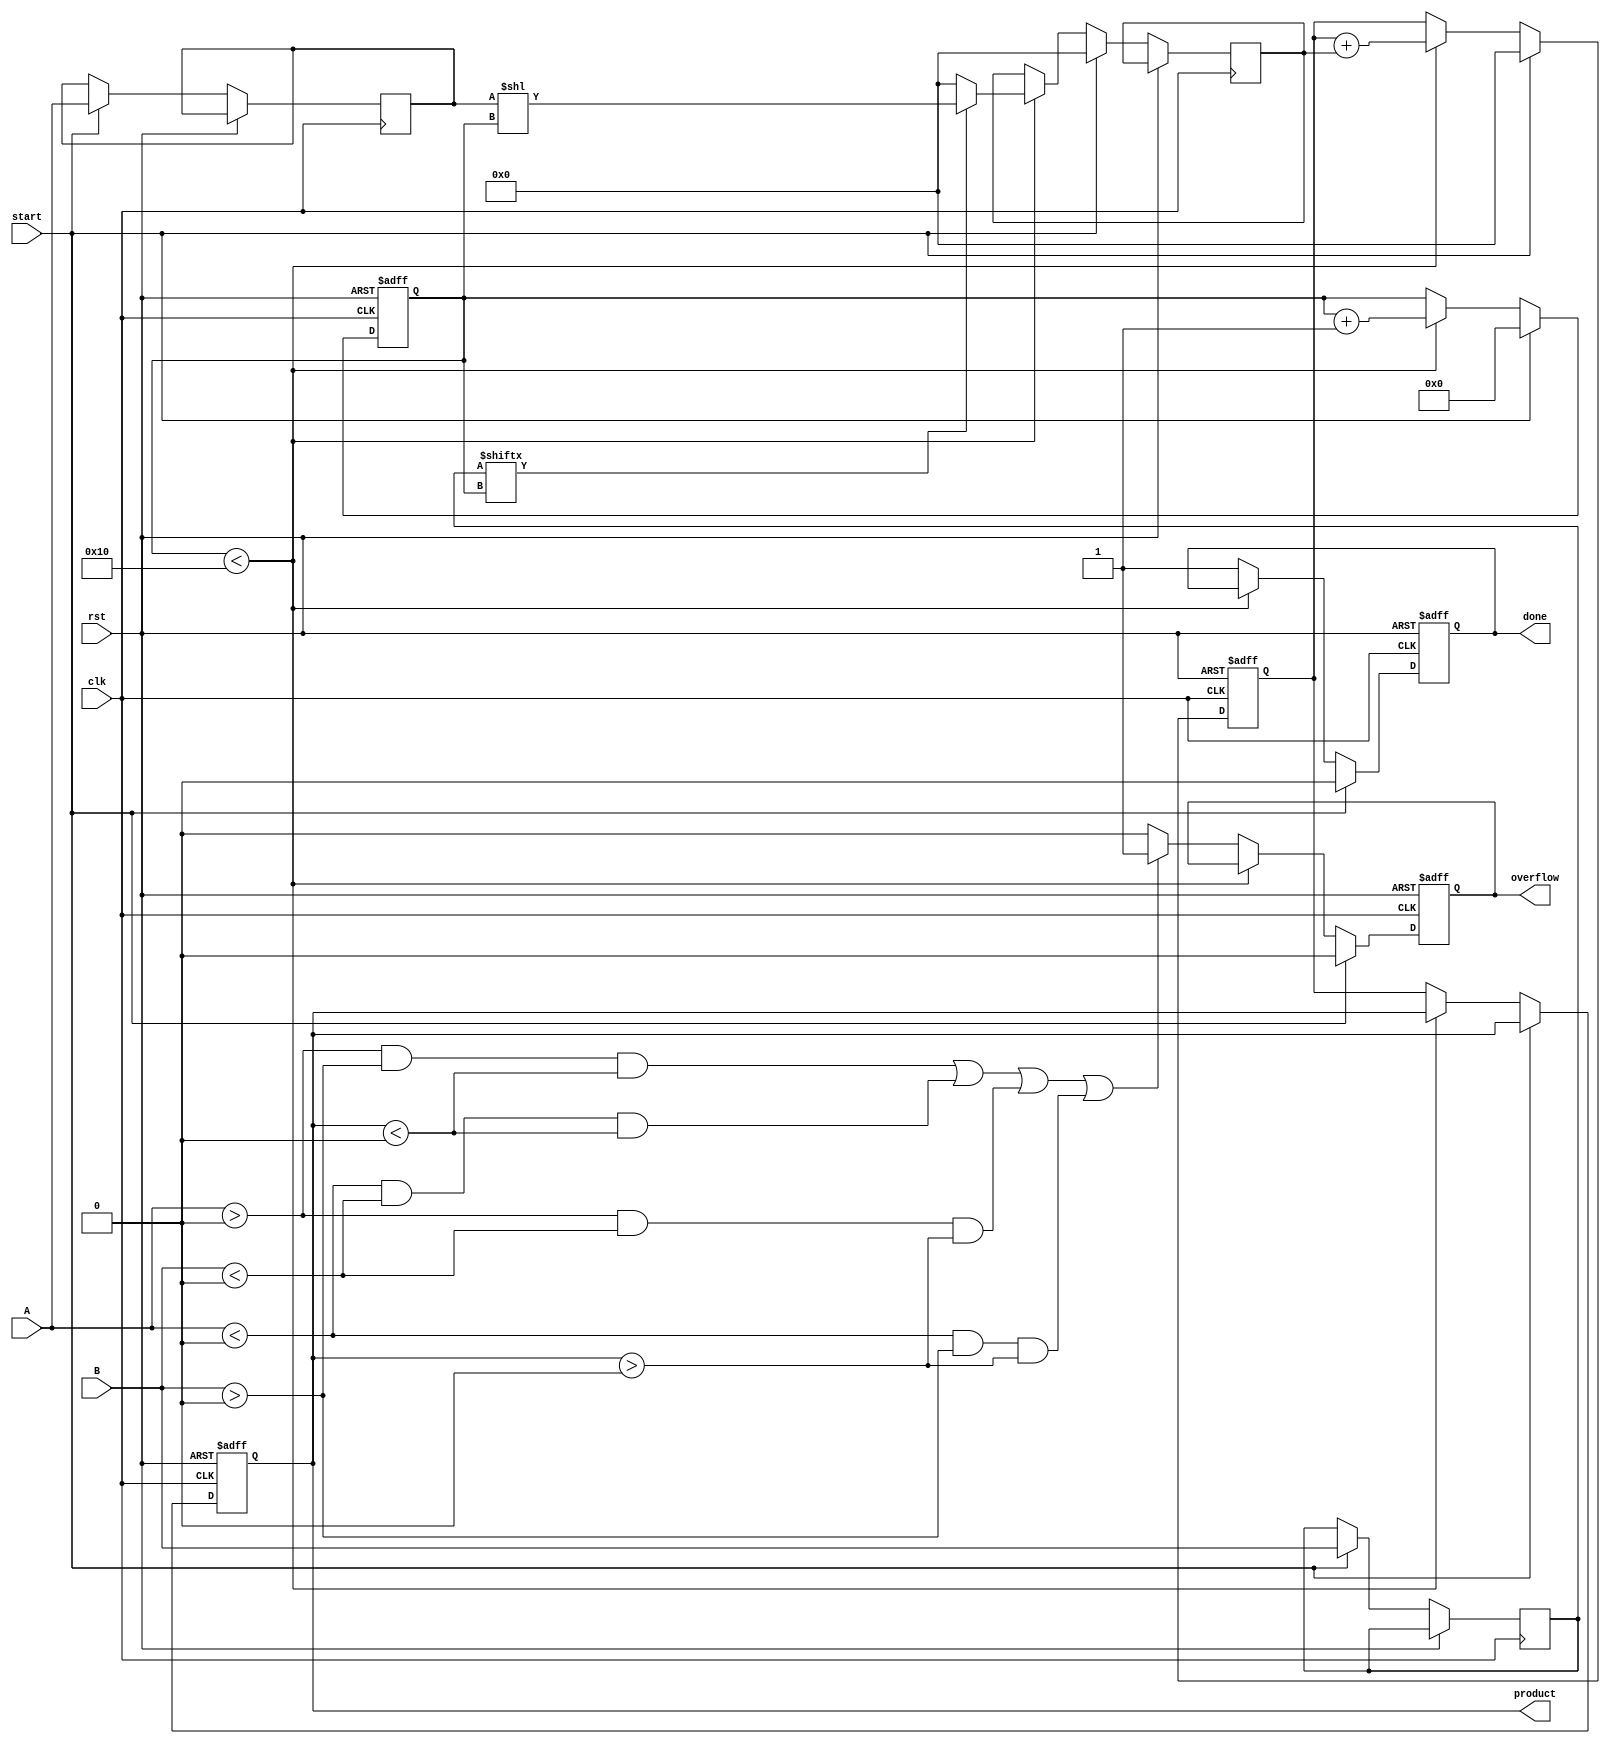
module radix2_multiplier (
    input wire clk,
    input wire rst,
    input wire start,
    input wire signed [15:0] A, // Multiplicand
    input wire signed [15:0] B, // Multiplier
    output reg signed [31:0] product, // Final product
    output reg done, // Indicates multiplication is complete
    output reg overflow // Overflow flag
);

    reg [15:0] multiplicand;
    reg [15:0] multiplier;
    reg [31:0] partial_product;
    reg [4:0] count; // To count the number of bits processed
    reg [31:0] sum; // To accumulate the partial products

    always @(posedge clk or posedge rst) begin
        if (rst) begin
            product <= 0;
            done <= 0;
            overflow <= 0;
            count <= 0;
            sum <= 0;
        end else if (start) begin
            multiplicand <= A;
            multiplier <= B;
            partial_product <= 0;
            sum <= 0;
            count <= 0;
            done <= 0;
            overflow <= 0;
        end else if (count < 16) begin
            // Generate partial product based on the current bit of the multiplier
            if (multiplier[count]) begin
                partial_product <= multiplicand << count; // Shift multiplicand
            end else begin
                partial_product <= 0;
            end

            // Accumulate the partial product
            sum <= sum + partial_product;

            // Move to the next bit
            count <= count + 1;
        end else begin
            // Final product calculation
            product <= sum;

            // Check for overflow (simple check for signed multiplication)
            if ((A > 0 && B > 0 && product < 0) || (A < 0 && B < 0 && product < 0) || 
                (A > 0 && B < 0 && product > 0) || (A < 0 && B > 0 && product > 0)) begin
                overflow <= 1;
            end else begin
                overflow <= 0;
            end

            done <= 1; // Indicate multiplication is done
        end
    end
endmodule